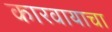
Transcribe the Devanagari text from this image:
कारवायाचा